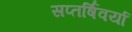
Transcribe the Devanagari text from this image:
सप्तर्षिवर्या